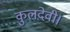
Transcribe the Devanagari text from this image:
कुलदेवी।